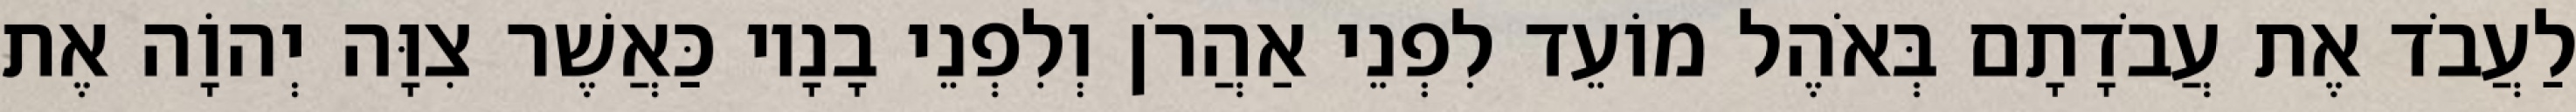
לַעֲבֹד אֶת עֲבֹדָתָם בְּאֹהֶל מוֹעֵד לִפְנֵי אַהֲרֹן וְלִפְנֵי בָנָיו כַּאֲשֶׁר צִוָּה יְהוָֹה אֶת